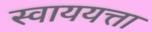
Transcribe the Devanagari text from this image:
स्वाययत्ता